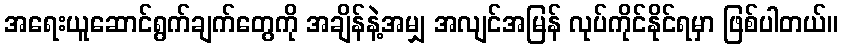
အရေးယူဆောင်ရွက်ချက်တွေကို အချိန်နဲ့အမျှ အလျင်အမြန် လုပ်ကိုင်နိုင်ရမှာ ဖြစ်ပါတယ်။